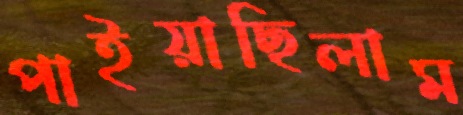
পাইয়াছিলাম